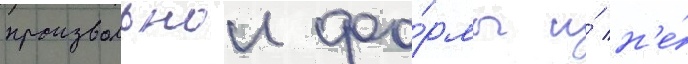
произвольнои фо́рмы и́ н'е́